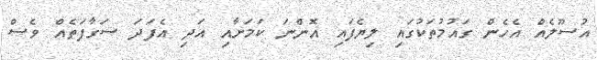
އުސޫލެއް އެހެން ގައުމުތަކުގައި ލިޔެފައި އޮންނަ ކަމަށާއި އަދި އެފަދަ ސަގާފަތެއް ވެސް